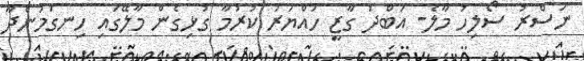
ނަސްރު ސޯލިހު މާލެ- އަބްދު ގާޒީ ހައްޔަރު ކުރުމާ ގުޅިގެން މާލޭގައި ހިނގަމުންދާ